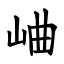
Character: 𪨰